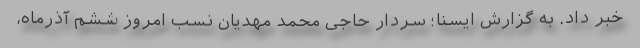
خبر داد. به گزارش ایسنا؛ سردار حاجی محمد مهدیان نسب امروز ششم آذرماه،